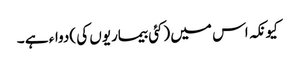
کیونکہ اس میں (کئی بیماریوں کی )دواء ہے ۔